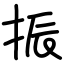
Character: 振